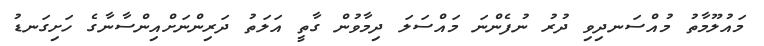
މައުލޫމާތު މުއްސަނދިވި ދުރު ނުފެންނަ މައްސަލަ ދިމާވުން ގާތީ އަލަތު ދަރިންނަށްއިންސާނާގެ ހަށިގަނޑު